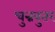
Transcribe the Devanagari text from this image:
चुन्नबुतर